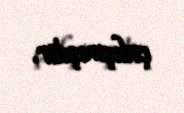
çalışmışdir.